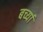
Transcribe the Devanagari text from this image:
बर्च्या